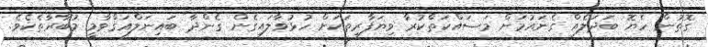
ގޮތުން ހެޔޮ ބަދަލެއް ގެނައުމަށް މަސައްކަތްކުރާ ވިޔަފާރިތަކަށް ހުޅުވާލައިގެން ގެންދާ ބައިނަލްއަޤްވާމީ މުބާރާތެކެވެ.